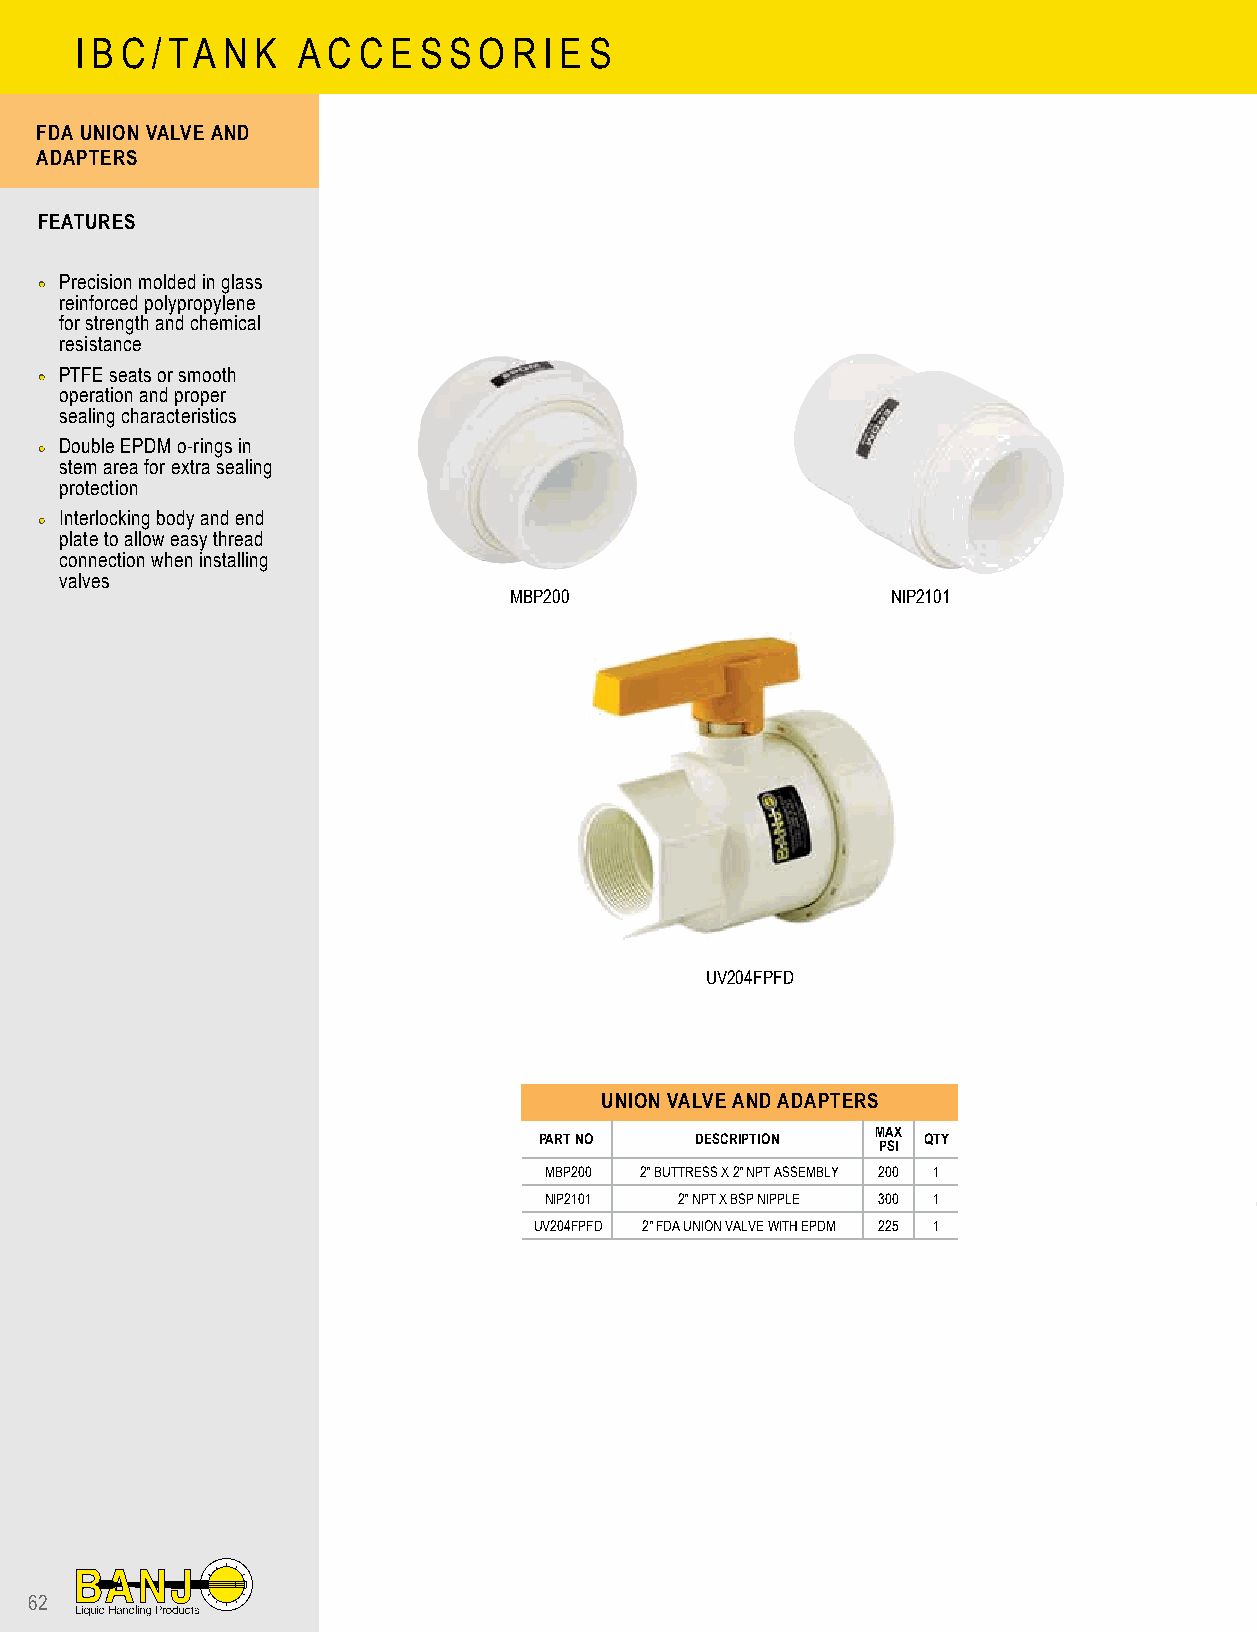
I B C / TA N K A C C E S S O R I E S
 FDA UNION VALVE AND
 ADAPTERS
 FEATURES
 •• Precision molded in glass
 reinforced polypropylene
 for strength and chemical
 resistance
 •• PTFE seats or smooth
 operation and proper
 sealing characteristics
 •• Double EPDM o-rings in
 stem area for extra sealing
 protection
 •• Interlocking body and end
 plate to allow easy thread
 connection when installing
 valves
 MBP200                   NIP2101
 UV204FPFD
 UNION VALVE AND ADAPTERS
 MAX
 PART NO   DESCRIPTION    QTY
 PSI
 MBP200 2" BUTTRESS X 2" NPT ASSEMBLY 200 1
 NIP2101  2" NPT X BSP NIPPLE 300 1
 UV204FPFD 2" FDA UNION VALVE WITH EPDM 225 1
 62